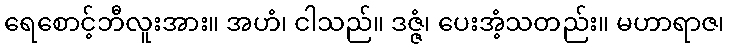
ရေစောင့်ဘီလူးအား။ အဟံ၊ ငါသည်။ ဒဇ္ဇံ၊ ပေးအံ့သတည်း။ မဟာရာဇ၊